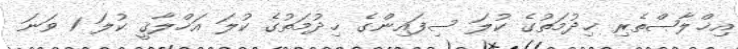
އިޚްލާޞްތެރި ޚިދުމަތުގެ ކުލަ ސިފައިންގެ ޚިދުމަތުގެ ކުލަ އަޚްލާޤީ ކުލަ 1 ވަނަ